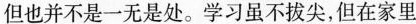
但也并不是一无是处。学习虽不拔尖，但在家里